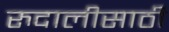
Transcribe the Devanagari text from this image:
रुदालीसाठी